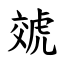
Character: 虠